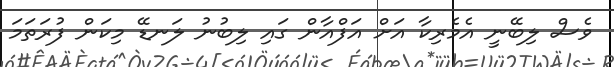
ވެސް ލިބޭނީ އެމެރިކާ އަށް އަފްއާން ގައި ލިބުނު ލަނޑޭ މިކަން ފުރަތަމަ